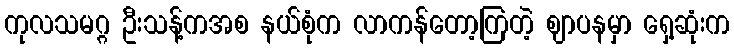
ကုလသမဂ္ဂ ဦးသန့်ကအစ နယ်စုံက လာကန်တော့ကြတဲ့ ဈာပနမှာ ရှေ့ဆုံးက